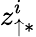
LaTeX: z_{\uparrow\ast}^{i}